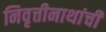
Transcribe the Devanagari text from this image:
निवृत्तीनाथांची